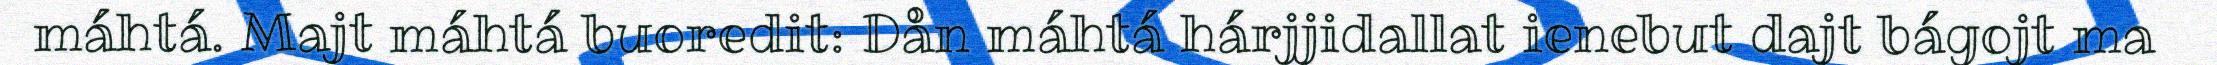
máhtá. Majt máhtá buoredit: Dån máhtá hárjjidallat ienebut dajt bágojt ma